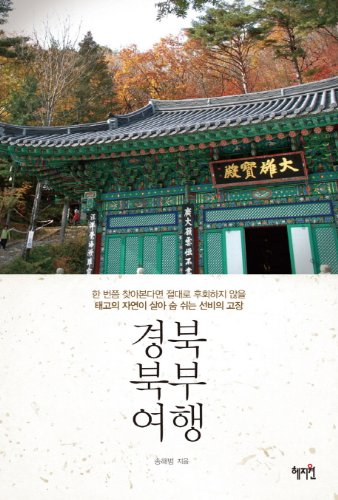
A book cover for Northern Gyeongbuk Travel (Korean edition); Travel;